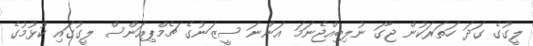
ލީގުގެ ގަދަ ހަތަރަކުން ޖާގަ ނުލިބިއްޖެނަމަ އަންނަ ސީޒަނުގެ ޗެމްޕިއަންސް ލީގުގައި ކުޅުމުގެ